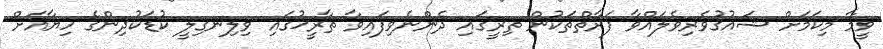
ވީމާ މިކަމަށް ޝައުޤުވެރިވެލައްވާ ފަރާތްތަކުން ތިރީގައި ދެންނެވިފައިވާ ތާރީޚުގައި ވިލިނގިލީ ކުޑަކުދިންގެ ހިޔާއަށް